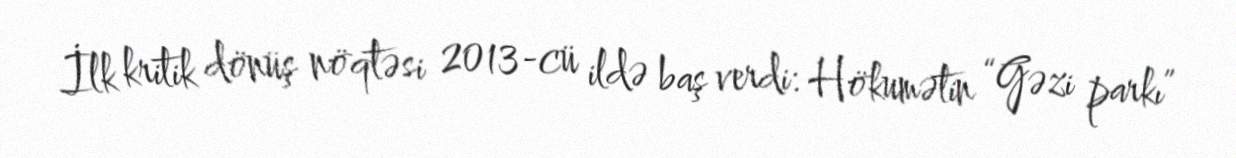
İlk kritik dönüş nöqtəsi 2013-cü ildə baş verdi: Hökumətin “Gəzi parkı”